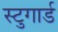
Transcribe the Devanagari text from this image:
स्टुगार्ड